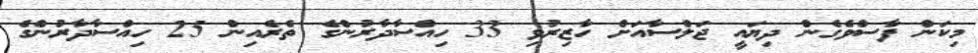
މިކަން ފާސްވެގެން ދިޔައީ ޖަލްސާއަށް ހާޒިރުވި 33 ހިއްސާދާރުންގެ ތެރެއިން 25 ހިއްސާދާރުންގެ